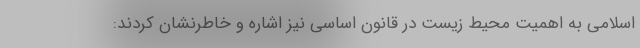
اسلامی به اهمیت محیط زیست در قانون اساسی نیز اشاره و خاطرنشان کردند: